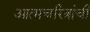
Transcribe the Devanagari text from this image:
आत्मचरित्रांची